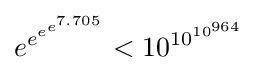
e^{e^{e^{e^{7.705}}}}<10^{10^{10^{964}}}